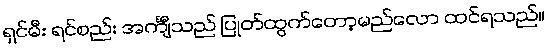
ရှင်မီး ရင်စည်း အင်္ကျီသည် ပြုတ်ထွက်တော့မည်လော ထင်ရသည်။